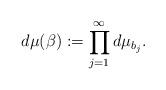
LaTeX: \begin{align*}d\mu(\beta):=\prod^\infty_{j=1}d\mu_{b_j}.\end{align*}